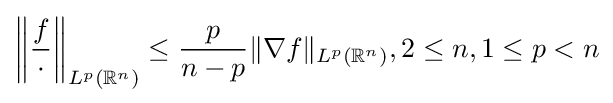
\left\|{\frac {f}{\cdot }}\right\|_{L^{p}(\mathbb {R} ^{n})}\leq {\frac {p}{n-p}}\|\nabla f\|_{L^{p}(\mathbb {R} ^{n})},2\leq n,1\leq p<n